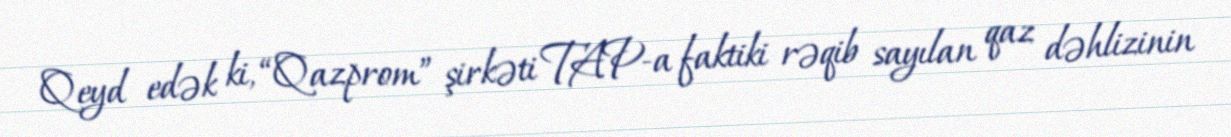
Qeyd edək ki, “Qazprom” şirkəti TAP-a faktiki rəqib sayılan qaz dəhlizinin